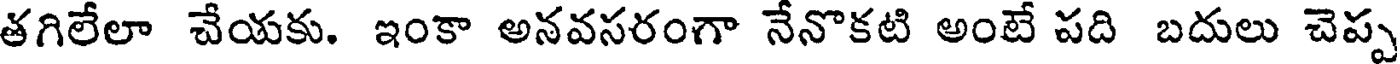
తగిలేలా చేయకు. ఇంకా అనవసరంగా నేనొకటి అంటే పది బదులు చెప్ప